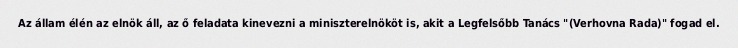
Az állam élén az elnök áll, az ő feladata kinevezni a miniszterelnököt is, akit a Legfelsőbb Tanács "(Verhovna Rada)" fogad el.